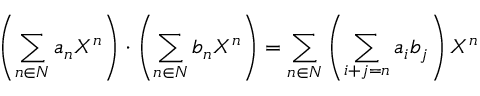
\left( \sum _ { n \in N } a _ { n } X ^ { n } \right) \cdot \left( \sum _ { n \in N } b _ { n } X ^ { n } \right) = \sum _ { n \in N } \left( \sum _ { i + j = n } a _ { i } b _ { j } \right) X ^ { n }